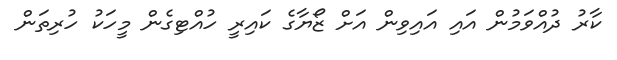
ކާރު ދުއްވަމުން އައި އައިވިން އަށް ޒޯޔާގެ ކައިރީ ހުއްޓިގެން މީހަކު ހުރިތަން